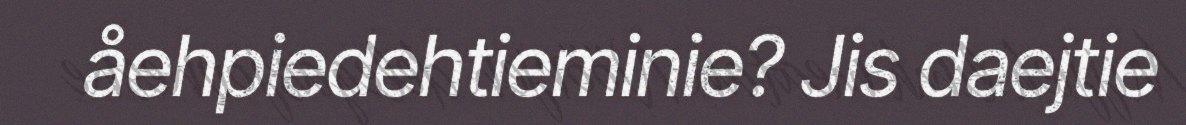
åehpiedehtieminie? Jis daejtie